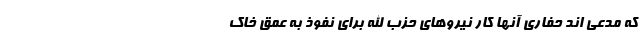
که مدعی اند حفاری آنها کار نیروهای حزب الله برای نفوذ به عمق خاک